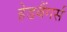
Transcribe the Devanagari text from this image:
हेडबैंगर्स